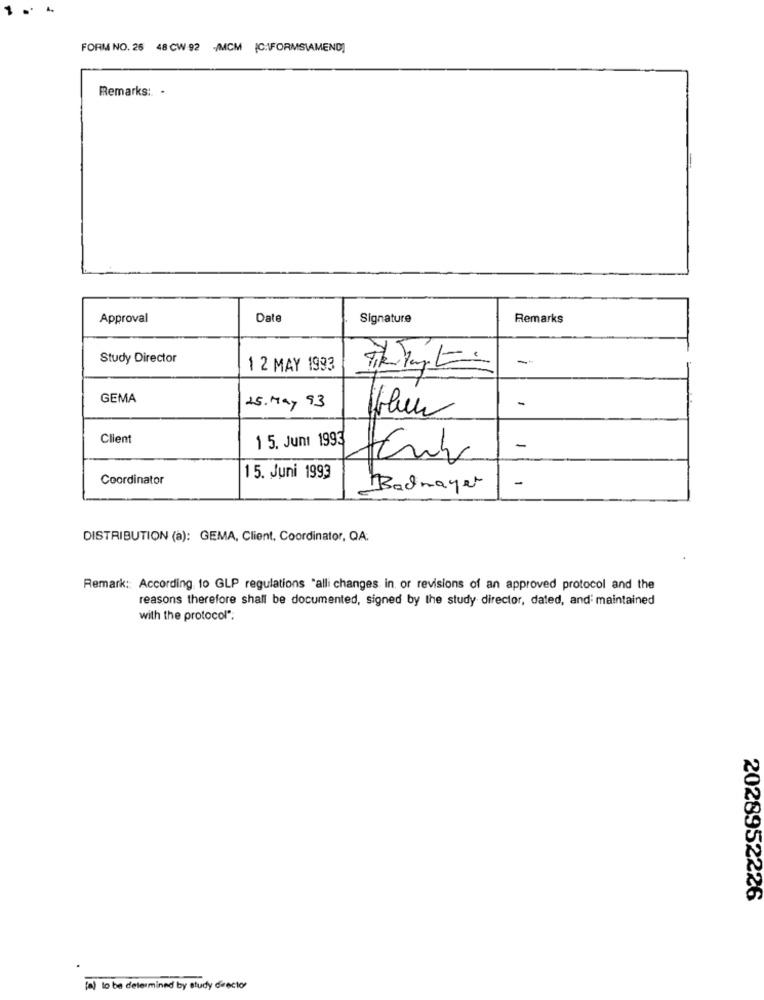
FORM NO. 26 48 CW-92 -/MCM (C:\FORMSIAMEND]
Remarks: -
Approval
Date
Signature
Remarks
Study Director
-
1 2 MAY 1993
GEMA
25. May 93
-
Client
1 5. Juni 1993
-
Coordinator
15. Juni 1993
-
Badmayer
DISTRIBUTION (à): GEMA, Client. Coordinator, QA:
Remark: According to GLP regulations "alli changes in, or revisions of an approved protocol and the
reasons therefore shall be documented, signed by the study director, dated, and maintained
with the protocol".
2028952226
[a) to be determined by study director